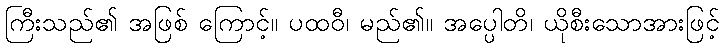
ကြီးသည်၏ အဖြစ် ကြောင့်။ ပထဝီ၊ မည်၏။ အပ္ပေါတိ၊ ယိုစီးသောအားဖြင့်